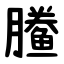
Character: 䲢